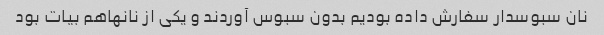
نان سبوسدار سفارش داده بودیم بدون سبوس آوردند و یکی از نانها‌هم بیات بود